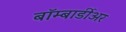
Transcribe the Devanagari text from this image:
बॉम्बार्डीअर